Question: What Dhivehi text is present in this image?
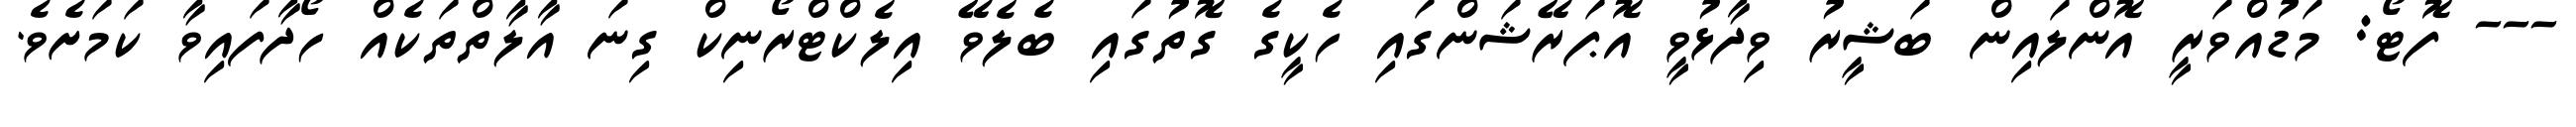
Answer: --- ފޮޓޯ: މަޑުއްވަރީ އޮންލައިން ބަޝީރު ވިދާޅުވީ އޮޕަރޭޝަންގައި ހެކީގެ ގޮތުގައި ބެލެވޭ އިލެކްޓްރޯނިކް ގިނަ އާލާތްތަކެއް ހޯދާފައިވާ ކަމަށެވެ.